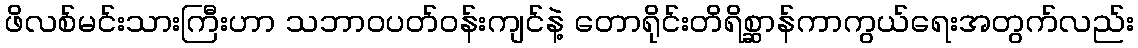
ဖိလစ်မင်းသားကြီးဟာ သဘာဝပတ်ဝန်းကျင်နဲ့ တောရိုင်းတိရိစ္ဆာန်ကာကွယ်ရေးအတွက်လည်း